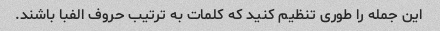
این جمله را طوری تنظیم کنید که کلمات به ترتیب حروف الفبا باشند.